Tartu_linnavalitsus, lk 13
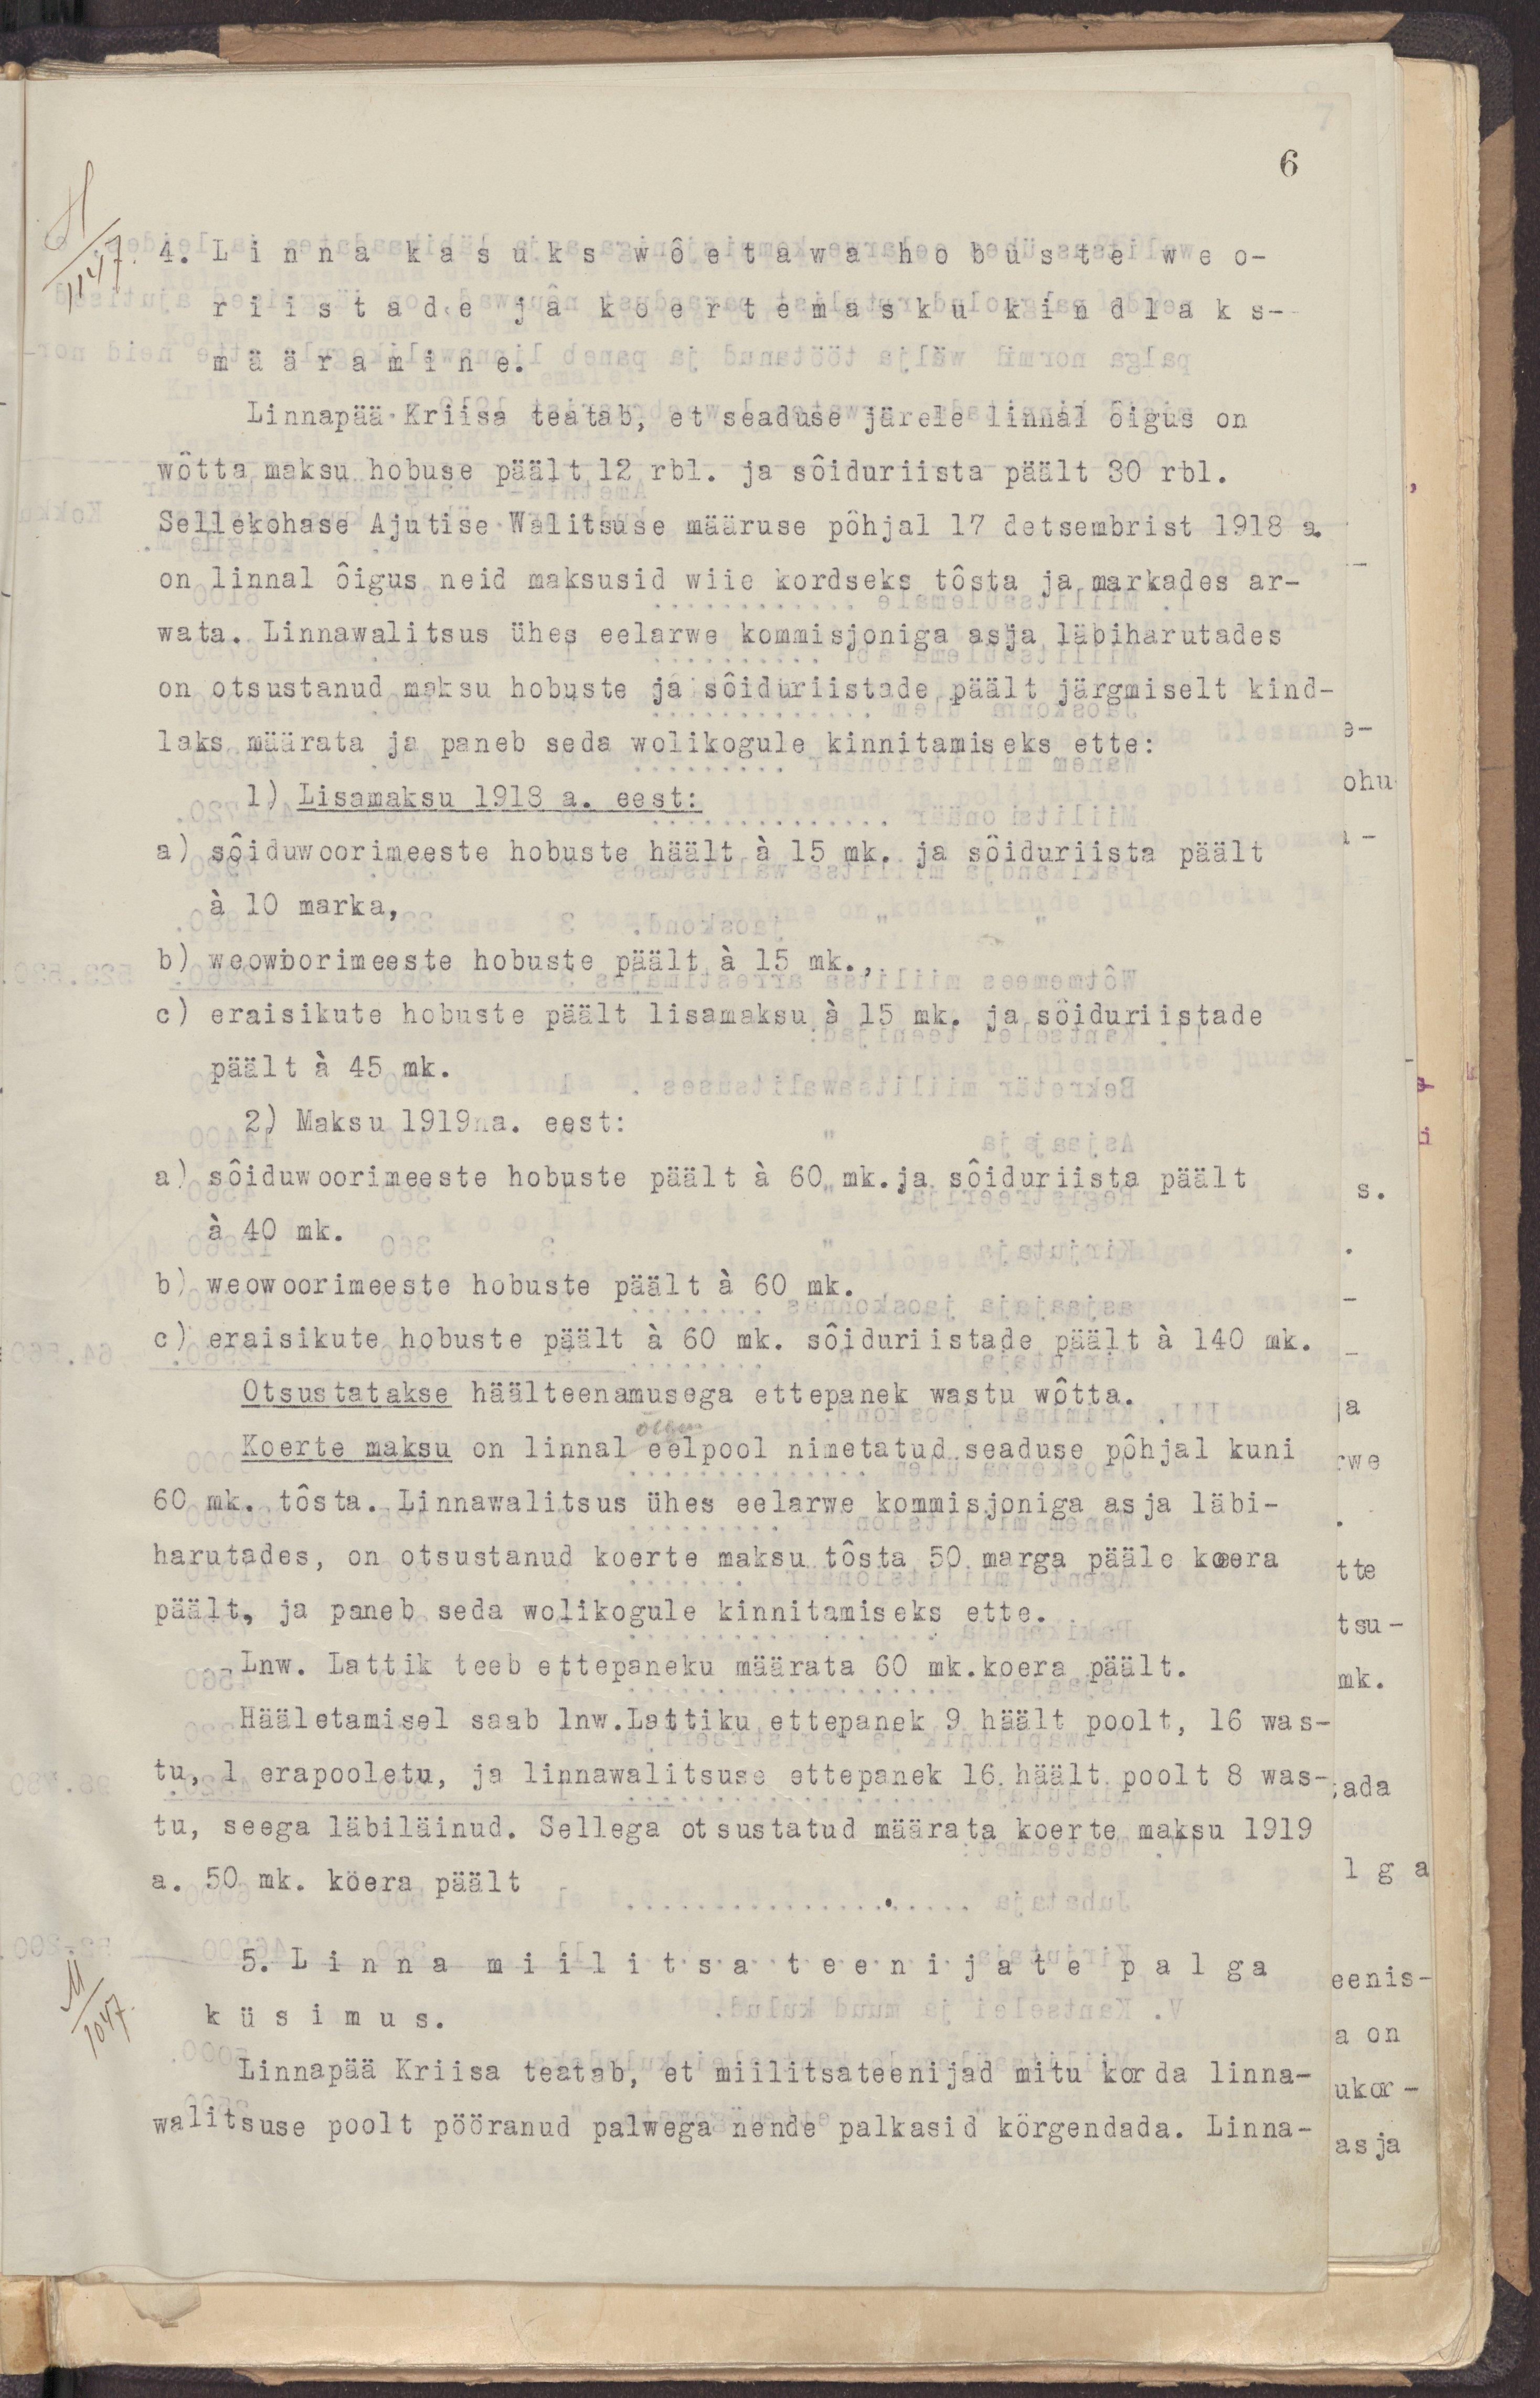
6
4. Linna kasuks wõetawa hobuste weo-
riistade ja koertemasku kindlaks-
määramine
Linnapää Kriisa teatab, et seaduse järele linnal õigus on
wõtta maksu hobuse päält 12 rbl. ja sõiduriista päält 30 rbl.
Sellekohase Ajutise Walitsuse määruse põhjal 17 detsembrist 1918 a.
on linnal õigus neid maksusid wiie kordseks tõsta ja markades ar-
wata. Linnawalitsus ühes eelarwe komisjoniga asja läbiharutades
on otsustanud maksu hobuste ja sõiduriistade päält järgmiselt kind-
laks määrata ja paneb seda wolikogule kinnitamiseks ette:
1) Lisamaksu 1918 a. eest:
a) sõiduwoorimeeste hobuste häält à 15 mk. ja sõiduriista pää
à 10 marka,
b) weowoorimeeste hobuste päält à 15 mk.,
c) eraisikute hobuste päält lisamaksu à 15 mk. ja sõiduriistade
päält à 45 mk.
2) Maksu 1919 a. eest:
a) sõiduwoorimeeste hobuste päält à 60 mk. ja sõiduriistade päält
à 40 mk.
b) weowoorimeeste hobuste päält à 60 mk.
c) eraisikute hobuste päält à 60 mk. sõiduriistade päält à 140 mk.
Otsustatakse häälteenamusega ettepanek wastu wõtta.
Koerte maksu on linnal eelpool nimetatud seaduse põhjal kuni
60 mk. tõsta. Linnawalitsus ühes eelarwe kommisjoniga asja läbi-
harutades, on otsustanud koerte maksu tõsta 50 marga pääle koera
päält, ja paneb seda wolikogule kinnitamiseks ette.
Lnw. Lattik teeb ettepaneku määrata 60 mk. koera päält.
Hääletamisel saab lnw. Lattiku ettepanek 9 häält poolt, 16 was-
tu, 1 erapooletu, ja linnawalitsuse ettepanek 16 häält poolt 8 was-
tu, seega läbiläinud. Sellega otsustatud määrate koerte maksu 1919
a. 50 mk. koera päält
5. Linna miilitsa teenijate palga
küsimus.
Linnapää Kriisa teatab, et miilitsateenijad mitu korda linna-
walitsuse poolt pööranud palwega nende palkasid kõrgendada. Linna-